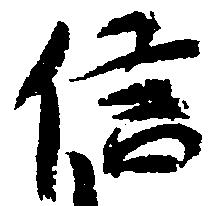
信